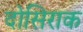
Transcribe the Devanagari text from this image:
दोसिराक